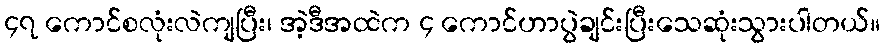
၄၇ ကောင်စလုံးလဲကျပြီး၊ အဲ့ဒီအထဲက ၄ ကောင်ဟာပွဲချင်းပြီးသေဆုံးသွားပါတယ်။